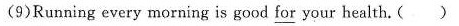
(9)Running every morning is good for your health. ( )